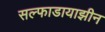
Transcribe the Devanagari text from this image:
सल्फाडायाझीन